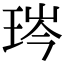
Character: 琌